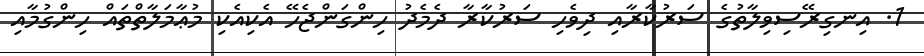
1. އިނގިރޭސިވިލާތުގެ ސަރުކާރާއި ދިވެހި ސަރުކާރާ ދެމެދު ހިންގަންޖެހޭ އެކިއެކި މުޢާމަލާތްތައް ހިންގުމާއި